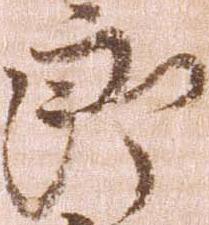
郎